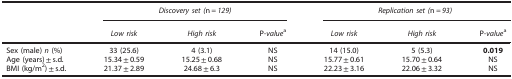
|  | <COLSPAN=3> Discovery set (n=129) | <COLSPAN=3> Replication set (n=93) |
 |  | Low risk | High risk | P-valuea | Low risk | High risk | P-valuea |
 | --- | --- | --- | --- | --- | --- | --- |
 | Sex (male) n (%) | 33 (25.6) | 4 (3.1) | NS | 14 (15.0) | 5 (5.3) | 0.019 |
 | Age (years)±s.d. | 15.34±0.59 | 15.25±0.68 | NS | 15.77±0.61 | 15.70±0.64 | NS |
 | BMI (kg/m2)±s.d. | 21.37±2.89 | 24.68±6.3 | NS | 22.23±3.16 | 22.06±3.32 | NS |